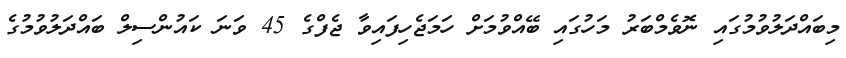
މިބައްދަލުވުމުގައި ނޮވެމްބަރު މަހުގައި ބޭއްވުމަށް ހަމަޖެހިފައިވާ ޖެފްގެ 45 ވަނަ ކައުންސިލް ބައްދަލުވުމުގެ